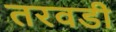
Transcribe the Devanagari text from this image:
तरवडी